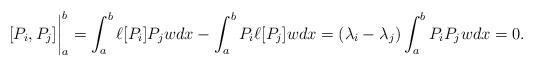
LaTeX: \begin{align*}[P_i,P_j]\bigg|_a^b&=\int_a^b\ell[P_i]P_j wdx-\int_a^bP_i \ell[P_j]wdx=(\lambda_i-\lambda_j)\int_a^bP_i P_j wdx=0.\end{align*}